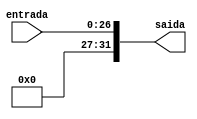
module extensor27(entrada,
						saida);
						
//Entradas
	input [26:0] 	entrada;
	
//Saidas
	output [31:0] 	saida;
	
//Logica combinacional 
	assign saida[26:0] = entrada[26:0];
	assign saida[31:26] = entrada[26];
	
endmodule